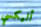
أليكسي